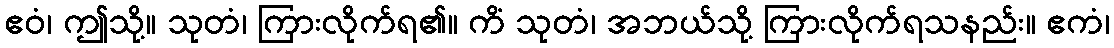
ဧဝံ၊ ဤသို့။ သုတံ၊ ကြားလိုက်ရ၏။ ကိံ သုတံ၊ အဘယ်သို့ ကြားလိုက်ရသနည်း။ ဧကံ၊